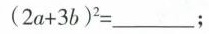
$$ ( 2 a + 3 b ) ^ { 2 } = ___$$;